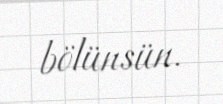
bölünsün.